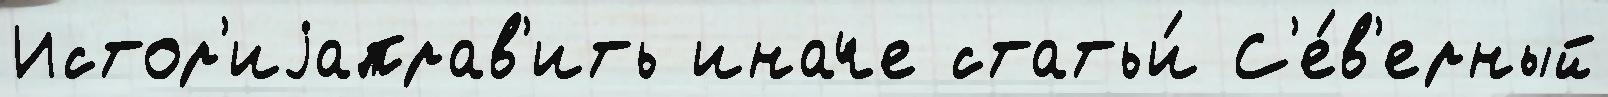
Истор'иjаправ'ить иначе статьи́ С'е́в'ерный